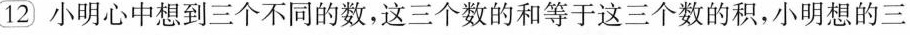
12)小明心中想到三个不同的数，这三个数的和等于这三个数的积，小明想的三